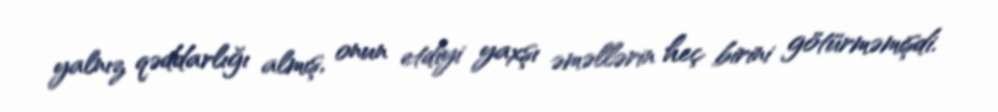
yalnız qəddarlığı almış, onun etdiyi yaxşı əməllərin heç birini götürməmişdi.